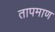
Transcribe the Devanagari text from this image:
तापमाण